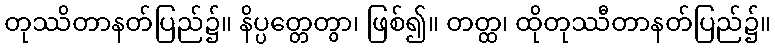
တုဿိတာနတ်ပြည်၌။ နိပ္ပတ္တေတွာ၊ ဖြစ်၍။ တတ္ထ၊ ထိုတုဿီတာနတ်ပြည်၌။